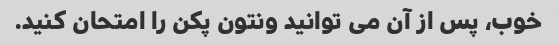
خوب، پس از آن می توانید ونتون پکن را امتحان کنید.